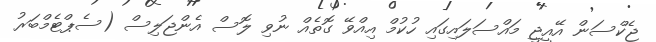
ޖެކްސަން އޭއީޖީ މައްސަލައިގައި ހުކުމް އިއްވޭ ގޮތެއް ނުވި ލޮސް އެންޖަލިސް (ސެޕްޓެމްބަރު